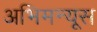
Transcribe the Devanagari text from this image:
अभिमन्यूस